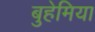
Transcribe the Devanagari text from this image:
बुहेमिया